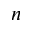
n